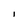
Character: l